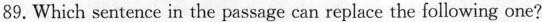
89.Which sentence in the passage can repiace the following one?